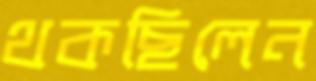
থকছিলেন